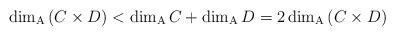
LaTeX: \begin{align*}\dim_{\rm A}\left(C\times D\right)<\dim_{\rm A}C+\dim_{\rm A}D = 2\dim_{\rm A}\left(C\times D\right)\end{align*}